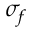
\sigma _ { f }